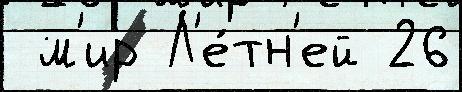
 м'ир Л'е́тн'ей 26